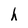
Character: h